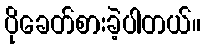
ပိုခေတ်စားခဲ့ပါတယ်။